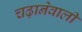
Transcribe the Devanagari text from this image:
चढ़ानेवाली